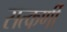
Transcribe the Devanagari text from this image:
सत्कर्णी